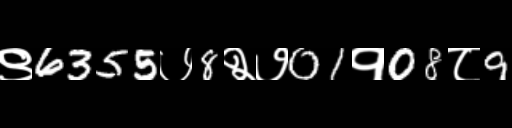
Text: ९6355७8२७01१08८9